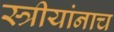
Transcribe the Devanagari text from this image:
स्त्रीयांनाच